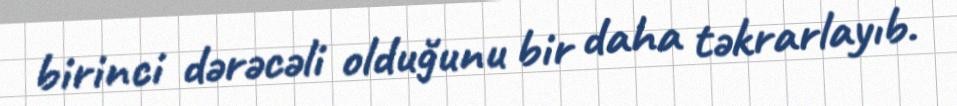
birinci dərəcəli olduğunu bir daha təkrarlayıb.